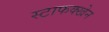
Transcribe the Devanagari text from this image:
स्टाफक्खेन